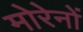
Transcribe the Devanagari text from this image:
मोरेनों